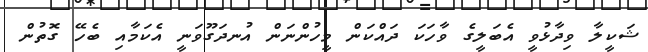
ޝަކީލާ ވިދާޅުވީ އެބަލީގެ ވާހަކަ ދައްކަން މީހުންނަން އުނދަގޫވަނީ އެކަމާއި ބެހޭ ގޮތުން